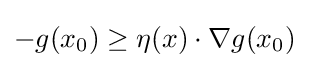
-g(x_{0})\geq \eta (x)\cdot \nabla {g(x_{0})}